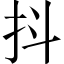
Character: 抖